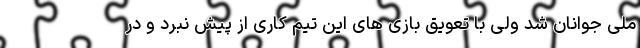
ملی جوانان شد ولی با تعویق بازی های این تیم کاری از پیش نبرد و در